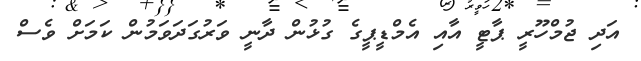
އަދި ޖުމްހޫރީ ޕާޓީ އާއި އެމްޑީޕީގެ ގުޅުން ދާނީ ވަރުގަދަވަމުން ކަމަށް ވެސް